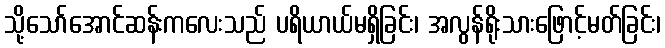
သို့သော်အောင်ဆန်းကလေးသည် ပရိယာယ်မရှိခြင်း၊ အလွန်ရိုးသားဖြောင့်မတ်ခြင်း၊